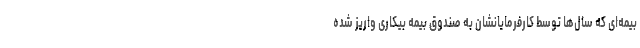
بیمه‌ای که سال‌ها توسط کارفرمایانشان به صندوق بیمه بیکاری واریز شده